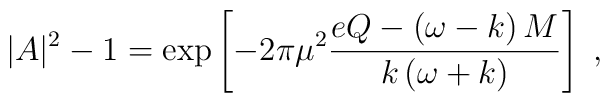
|A|^2 - 1 = \exp\left[ - 2 \pi \mu^2 \frac{e Q - \left( \omega - k \right)M}{k \left( \omega + k \right)} \right] \; ,